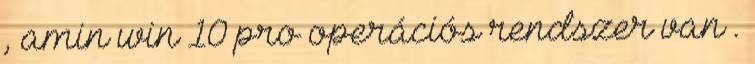
, amin win 10 pro operációs rendszer van .